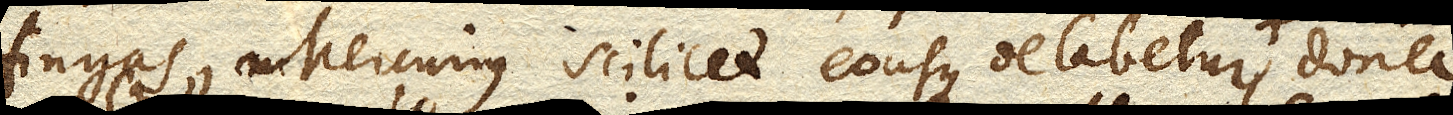
fingas, Mercurius scilicet eousque delabetur, donec